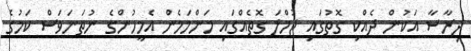
ދިރާސާ އަކުން ދެއްކި ގޮތުގައި ޖުމްލަ ގޮތެއްގައި މަންމަމެން އެމީހުންގެ ނުތަނަވަސް ކަމުގެ